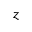
z